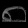
Digit: ၈